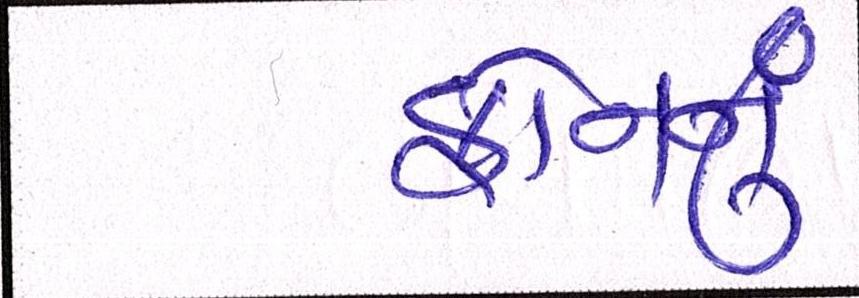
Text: ફોનનું